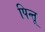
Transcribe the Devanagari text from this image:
पिन्तू